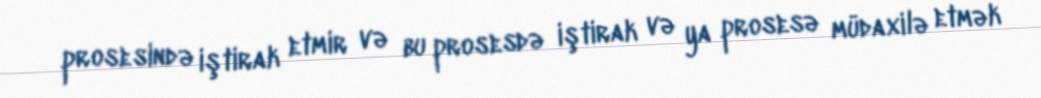
prosesində iştirak etmir və bu prosesdə iştirak və ya prosesə müdaxilə etmək